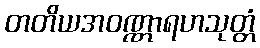
တတိယအဝဏ္ဏာရဟသုတ္တံ